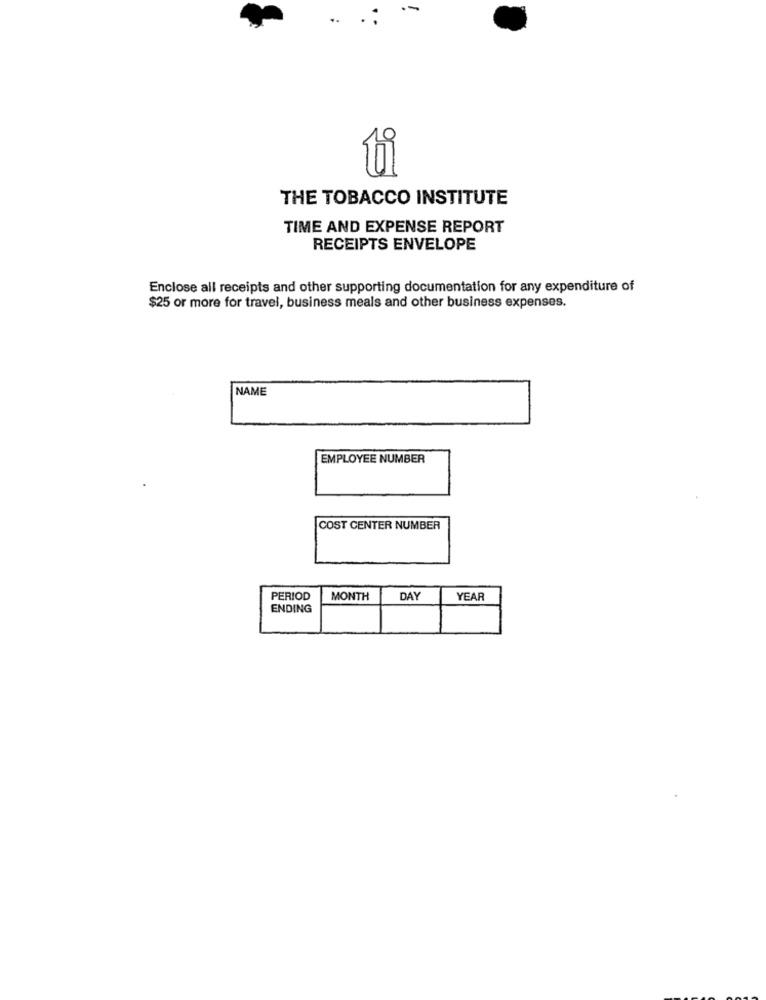
ti
THE TOBACCO INSTITUTE
TIME AND EXPENSE REPORT
RECEIPTS ENVELOPE
Enclose all receipts and other supporting documentation for any expenditure of
$25 or more for travel, business meals and other business expenses.
NAME
EMPLOYEE NUMBER
COST CENTER NUMBER
PERIOD
MONTH
DAY
YEAR
ENDING